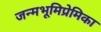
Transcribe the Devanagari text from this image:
जन्मभूमिप्रेमिका